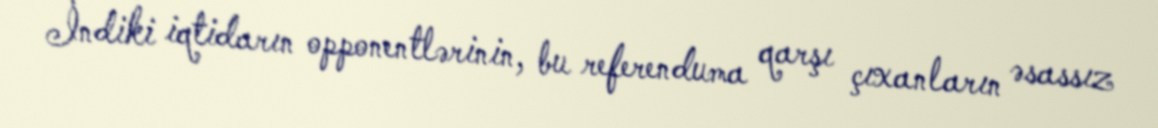
İndiki iqtidarın opponentlərinin, bu referenduma qarşı çıxanların əsassız